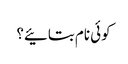
کوئی نام بتائیے؟